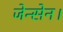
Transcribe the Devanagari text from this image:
जेन्सेन।